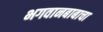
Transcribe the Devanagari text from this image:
भगवानबाबाचा